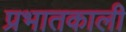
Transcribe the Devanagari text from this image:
प्रभातकाली